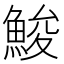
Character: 鮻